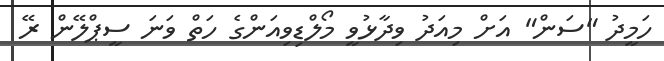
ހަމީދު "ސަން" އަށް މިއަދު ވިދާޅުވީ މޯލްޑިވިއަންގެ ހަތް ވަނަ ސީޕްލޭން ރޭ